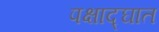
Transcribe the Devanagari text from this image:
पक्षाद्घात